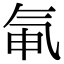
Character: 氠